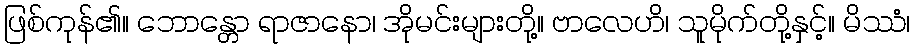
ဖြစ်ကုန်၏။ ဘောန္တော ရာဇာနော၊ အိုမင်းများတို့။ ဗာလေဟိ၊ သူမိုက်တို့နှင့်။ မိဿံ၊